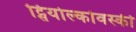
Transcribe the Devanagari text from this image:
ट्सियोल्कोवस्की